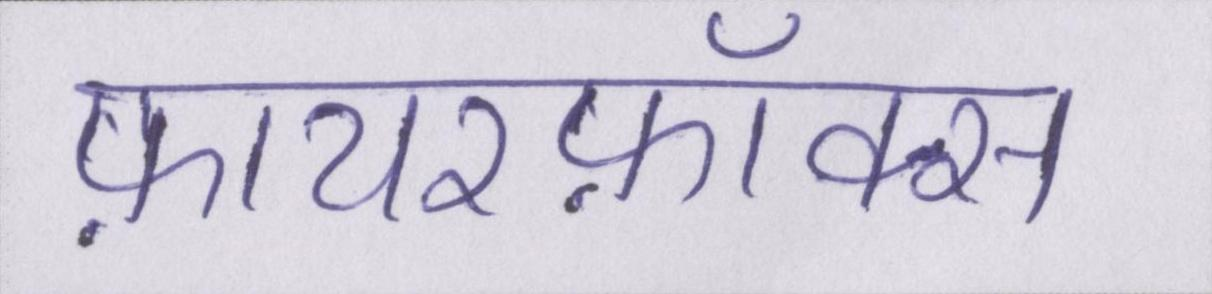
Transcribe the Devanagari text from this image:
फ़ायरफ़ॉक्स